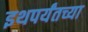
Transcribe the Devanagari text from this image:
इथपर्यंतच्या